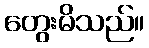
တွေးမိသည်။